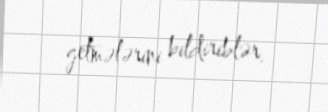
getmələrini bildiriblər.